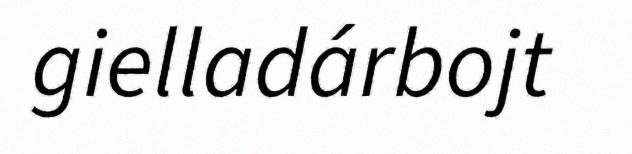
gielladárbojt